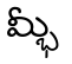
మ్భీ